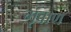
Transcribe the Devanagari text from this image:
गृवाण